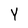
Character: Y